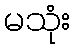
မသုံး